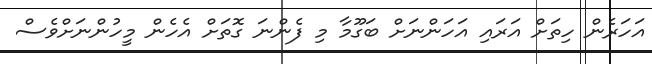
އަހަރެން ހިތަށް އަރައި އަހަންނަށް ބަގޫމާ މި ފެންނަ ގޮތަށް އެހެން މީހުންނަށްވެސް